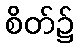
စိတ်၌